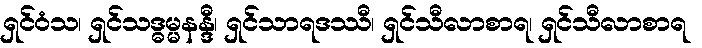
ရှင်ဝံသ၊ ရှင်သဒ္ဓမ္မနန္ဒီ၊ ရှင်သာရဒဿီ၊ ရှင်သီလာစာရ၊ ရှင်သီလာစာရ